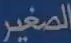
الصغير